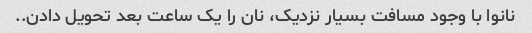
نانوا با وجود مسافت بسیار نزدیک، نان را یک ساعت بعد تحویل دادن..